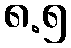
၈.၅